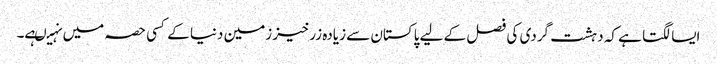
ایسا لگتا ہے کہ دہشت گردی کی فصل کے لیے پاکستان سے زیادہ زرخیز زمین دنیا کے کسی حصہ میں نہیںہے۔